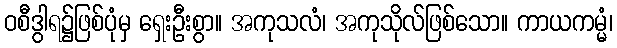
ဝစီဒွါရ၌ဖြစ်ပုံမှ ရှေးဦးစွာ။ အကုသလံ၊ အကုသိုလ်ဖြစ်သော။ ကာယကမ္မံ၊